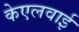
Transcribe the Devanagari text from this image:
केएलवाई